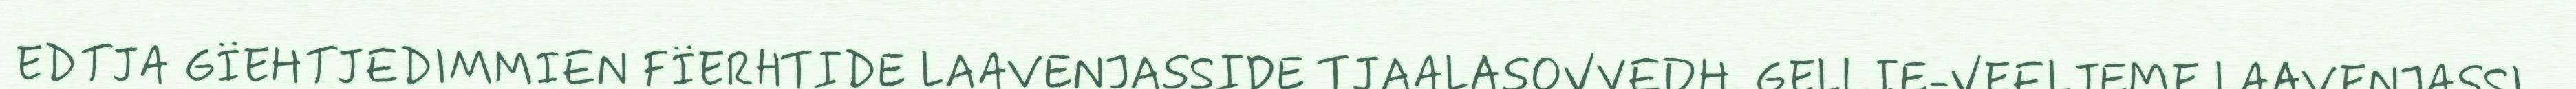
EDTJA GÏEHTJEDIMMIEN FÏERHTIDE LAAVENJASSIDE TJAALASOVVEDH. GELLIE-VEELJEME LAAVENJASSI